Notes on vaccination in the North-West Frontier Province 1923-1928 - 1923-1928
Year: 1923
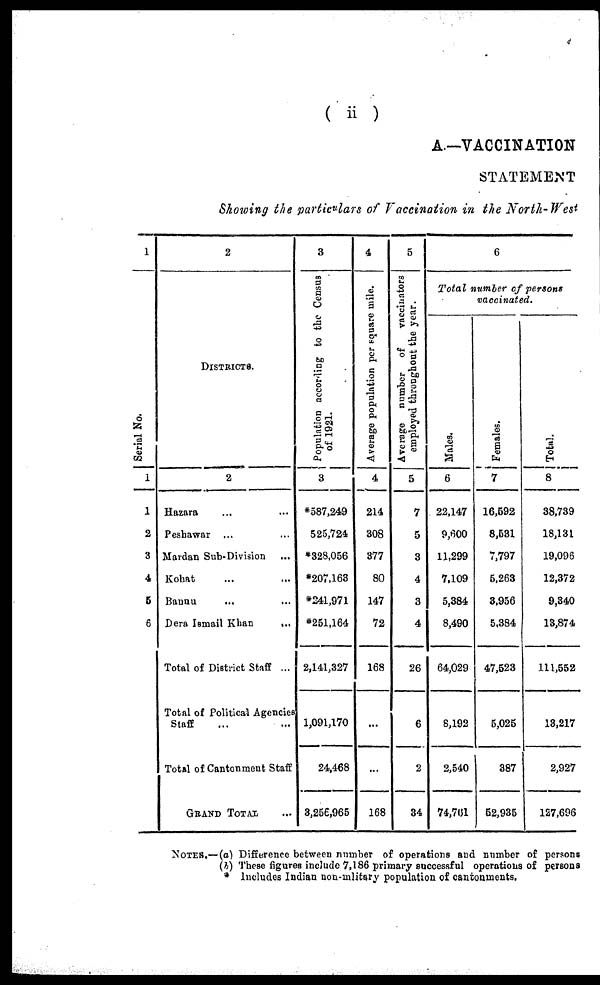
( ii )
A—VACCINATION
STATEMENT
Showing the particulars of Vaccination in the North-West
1
Serial No.
1
1
2
3
4
5
6
2
DISTRICTS.
2
Hazara ... ...
Peshawar ... ...
Mardan Sub-Division ...
Kohat ... ...
Baunu ... ...
Dera Ismail Khan
...
Total of District Staff ...
Total of Political Agencies
Staff ... ...
Total of Cantonment Staff
GRAND TOTAL ...
3
Population according to the Census
of 1921.
3
*587,249
525,724
*328,056
*207,163
*241,971
*251,164
2,141,327
1,091,170
24,468
3,256,965
4
Average population per square mile.
4
214
308
377
80
147
72
168
...
...
168
5
Average number of
vaccinators
employed throughout the year.
5
7
5
3
4
3
4
26
6
2
34
6
Total number of persons
vaccinated.
Males.
6
22,147
9,600
11,299
7,109
5,384
8,490
64,029
8,192
2,540
74,761
Females.
7
16,592
8,531
7,797
5,263
3,956
5,384
47,523
5,025
387
52,935
Total.
8
38,739
18,131
19,096
12,372
9,340
13,874
111,552
13,217
2,927
127,696
NOTES.—(a) Difference between number of operations and number of persons
(b) These figures include 7,186 primary successful operations of persons
* Includes Indian non-military population of cantonments.